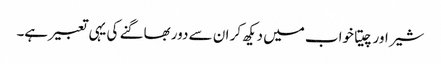
شیر اور چیتا خواب میں دیکھ کر ان سے دور بھاگنے کی یہی تعبیر ہے۔